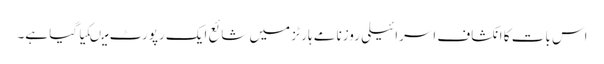
اس بات کا انکشاف اسرائیلی روزنامے ہارٹز میں شائع ایک رپورٹ میںکیاگیا ہے۔